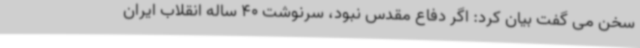
سخن می گفت بیان کرد: اگر دفاع مقدس نبود، سرنوشت 40 ساله انقلاب ایران